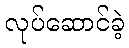
လုပ်ဆောင်ခဲ့